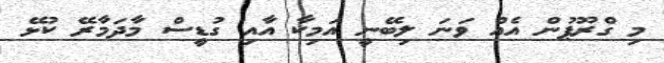
މި ގްރޫޕުން އެއް ވަނަ ލިބޭނީ އަމިކާ އާއި ގުޑީސް މާދަމާރޭ ކުޅޭ